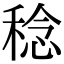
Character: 稔